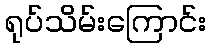
ရုပ်သိမ်းကြောင်း